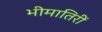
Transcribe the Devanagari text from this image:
भीमातिरीं